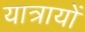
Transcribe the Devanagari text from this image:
यात्रायों